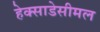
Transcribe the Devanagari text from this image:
हेक्साडेसीमल